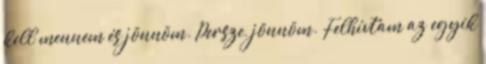
kell mennem és jönnöm. Persze, jönnöm. Felhívtam az egyik